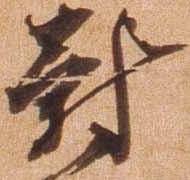
対